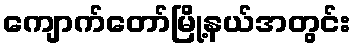
ကျောက်တော်မြို့နယ်အတွင်း